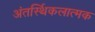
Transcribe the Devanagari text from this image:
अंतर्स्थिकलात्मक